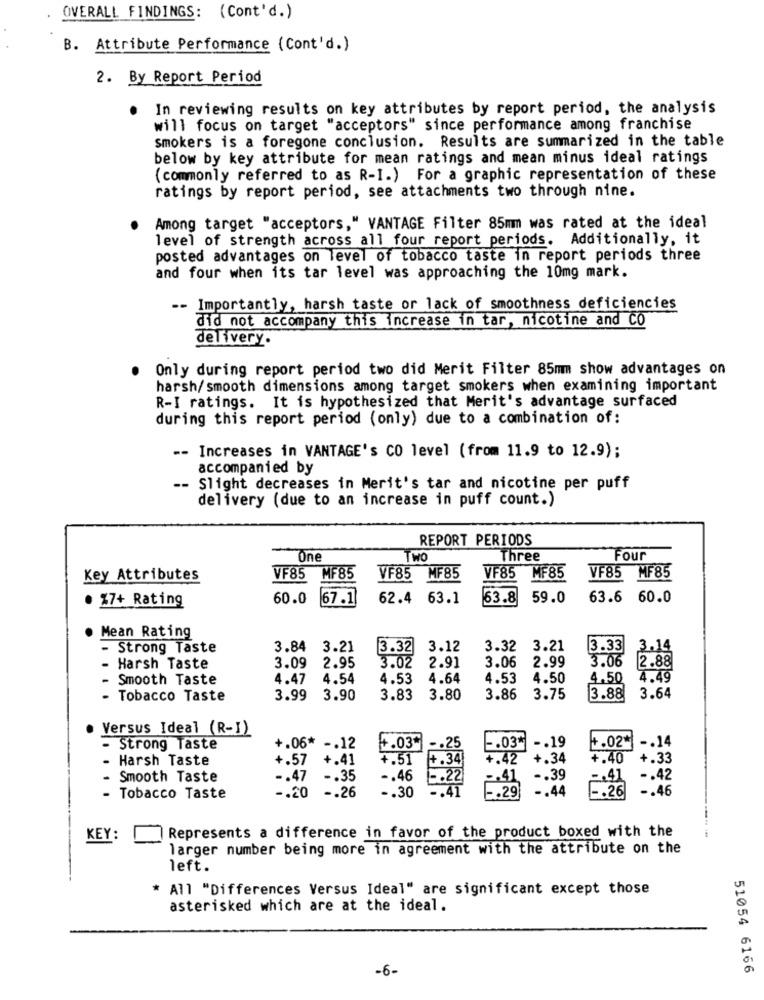
OVERALL FINDINGS: (Cont'd.)
B. Attribute Performance (Cont'd.)
2. By Report Period
In reviewing results on key attributes by report period, the analysis
will focus on target "acceptors" since performance among franchise
smokers is a foregone conclusion. Results are summarized in the table
below by key attribute for mean ratings and mean minus ideal ratings
(commonly referred to as R-I.) For a graphic representation of these
ratings by report period, see attachments two through nine.
Among target "acceptors," VANTAGE Filter 85mm was rated at the ideal
level of strength across all four report periods. Additionally, it
posted advantages on level of tobacco taste in report periods three
and four when its tar level was approaching the 10mg mark.
-- Importantly, harsh taste or lack of smoothness deficiencies
did not accompany this increase in tar, nicotine and CO
delivery.
Only during report period two did Merit Filter 85mm show advantages on
harsh/smooth dimensions among target smokers when examining important
R-I ratings. It is hypothesized that Merit's advantage surfaced
during this report period (only) due to a combination of:
-- Increases in VANTAGE's CO level (from 11.9 to 12.9);
accompanied by
-- Slight decreases in Merit's tar and nicotine per puff
delivery (due to an increase in puff count.)
REPORT PERIODS
One
TWO
Three
Four
Key Attributes
VF85
MF85
VF85 MF85
VF85 MF85
VF85 MF85
60.0
67.1
62.4 63.1
63.8
59.0
63.6 60.0
· %7+ Rating
. Mean Rating
- Strong Taste
3.84 3.21
3.32
3.12
3.32 3.21
3.33
3.14
2.91
3.06 2.99
3.06
2.88
- Harsh Taste
3.09
2.95
3.02
Smooth Taste
4.47
4.54
4.53
4.64
4.53
4.50
4.50
4.49
...
Tobacco Taste
3.99
3.90
3.83
3.80
3.86
3.75
3.88
3.64
· Versus Ideal (R-I)
+.03*
+.02*
-. 14
- Strong Taste
+.06* -. 12
-. 03* -. 19
- Harsh Taste
+.57 +.41
+.51
+.42
+.34
+.40
+.33
.39
- Smooth Taste
-. 47 -. 35
-. 46
-. 42
-. 30
.26
-. 46
Tobacco Taste
-. 20
-. 26
KEY:
Represents a difference in favor of the product boxed with the
larger number being more in agreement with the attribute on the
left.
* All "Differences Versus Ideal" are significant except those
asterisked which are at the ideal.
-6-
51054 6166